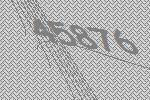
45876